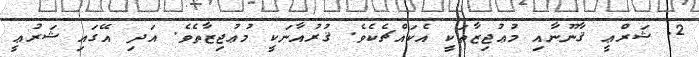
2. ޝަރްޢީ ޤާނޫނާއި މުޢުޖިޒާތަކީ އެކައްޗެކެވެ. ޤުރުއާނަކީ މުޢުޖިޒާތެވެ. އަދި އޭގައި ޝަރުޢީ